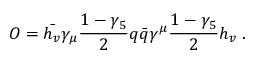
O = \bar { h _ { v } } \gamma _ { \mu } { \frac { 1 - \gamma _ { 5 } } { 2 } } q \bar { q } \gamma ^ { \mu } { \frac { 1 - \gamma _ { 5 } } { 2 } } h _ { v } \; .